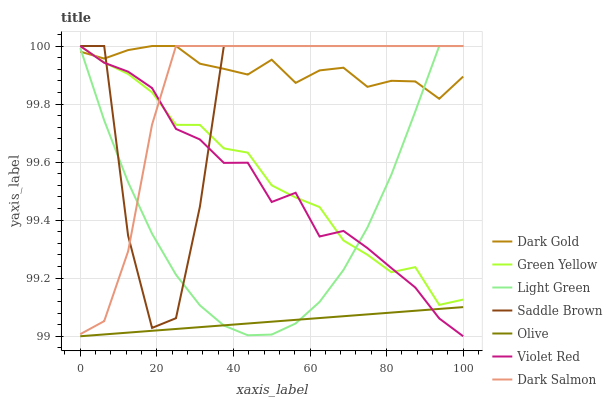
| xaxis_label | Dark Gold | Green Yellow | Light Green | Saddle Brown | Olive | Violet Red | Dark Salmon |
 | --- | --- | --- | --- | --- | --- | --- | --- |
 | 0 | 100 | 100 | 100 | 100 | 99 | 100 | 99 |
 | 6.25 | 100 | 99.9 | 99.7 | 100 | 99 | 99.9 | 99.1 |
 | 12.5 | 100 | 99.9 | 99.5 | 99.3 | 99 | 99.9 | 99.3 |
 | 18.8 | 100 | 99.8 | 99.4 | 99 | 99 | 99.9 | 99.7 |
 | 25 | 100 | 99.7 | 99.2 | 99.1 | 99 | 99.7 | 100 |
 | 31.2 | 99.9 | 99.7 | 99.1 | 99.4 | 99 | 99.7 | 100 |
 | 37.5 | 99.9 | 99.6 | 99 | 100 | 99 | 99.6 | 100 |
 | 43.8 | 99.9 | 99.6 | 99 | 100 | 99 | 99.6 | 100 |
 | 50 | 100 | 99.5 | 99 | 100 | 99.1 | 99.5 | 100 |
 | 56.2 | 99.9 | 99.5 | 99 | 100 | 99.1 | 99.5 | 100 |
 | 62.5 | 99.9 | 99.4 | 99.1 | 100 | 99.1 | 99.3 | 100 |
 | 68.8 | 99.9 | 99.3 | 99.2 | 100 | 99.1 | 99.4 | 100 |
 | 75 | 99.9 | 99.3 | 99.4 | 100 | 99.1 | 99.3 | 100 |
 | 81.2 | 99.9 | 99.2 | 99.6 | 100 | 99.1 | 99.2 | 100 |
 | 87.5 | 99.9 | 99.2 | 99.8 | 100 | 99.1 | 99.2 | 100 |
 | 93.8 | 99.8 | 99.1 | 100 | 100 | 99.1 | 99.1 | 100 |
 | 100 | 99.9 | 99.1 | 100 | 100 | 99.1 | 99 | 100 |